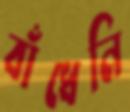
বাঁধেনি